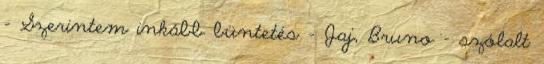
– Szerintem inkább büntetés – Jaj, Bruno – szólalt